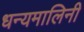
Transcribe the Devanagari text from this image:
धन्यमालिनी